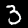
Label: 3